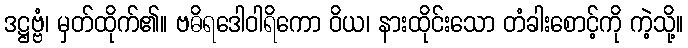
ဒဋ္ဌဗ္ဗံ၊ မှတ်ထိုက်၏။ ဗဓိရဒေါဝါရိကော ဝိယ၊ နားထိုင်းသော တံခါးစောင့်ကို ကဲ့သို့။